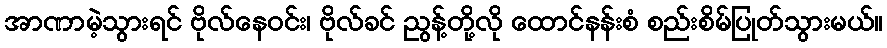
အာဏာမဲ့သွားရင် ဗိုလ်နေဝင်း၊ ဗိုလ်ခင် ညွန့်တို့လို ထောင်နန်းစံ စည်းစိမ်ပြုတ်သွားမယ်။